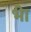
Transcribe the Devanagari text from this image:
भ्‍ीा